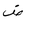
Letter: _dad